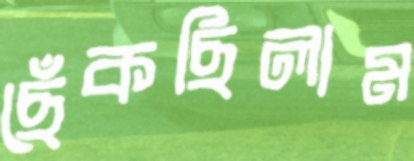
ছেঁকছিলাম